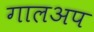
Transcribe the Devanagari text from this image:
गालअप